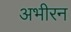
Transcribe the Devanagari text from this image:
अभीरन